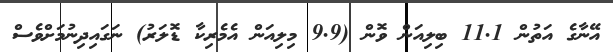
އޭނާގެ އަތުން 11.1 ބިލިއަން ވޮން (9.9 މިލިއަން އެމެރިކާ ޑޮލަރު) ނަގައިދިނުމަށްވެސް